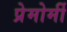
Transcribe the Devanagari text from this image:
प्रेमोर्मी